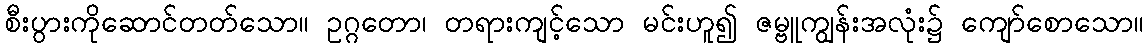
စီးပွားကိုဆောင်တတ်သော။ ဥဂ္ဂတော၊ တရားကျင့်သော မင်းဟူ၍ ဇမ္ဗူကျွန်းအလုံး၌ ကျော်စောသော။